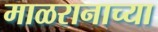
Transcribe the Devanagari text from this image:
माळरानाच्या